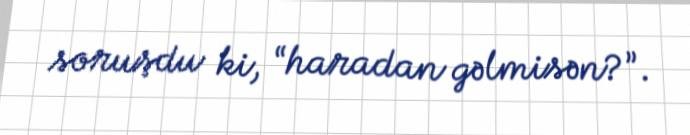
soruşdu ki, “haradan gəlmisən?”.